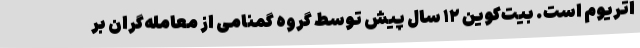
اتریوم است. بیت‌کوین ۱۲ سال پیش توسط گروه گمنامی از معامله‌گران بر